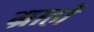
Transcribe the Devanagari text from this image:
ग्राहों